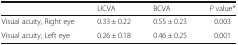
<table><thead><tr><td></td><td><b>UCVA</b></td><td><b>BCVA</b></td><td><b><i>P</i> value*</b></td></tr></thead><tbody><tr><td>Visual acuity, Right eye</td><td>0.33 ± 0.22</td><td>0.55 ± 0.23</td><td>0.003</td></tr><tr><td>Visual acuity, Left eye</td><td>0.26 ± 0.18</td><td>0.46 ± 0.25</td><td>0.001</td></tr></tbody></table>